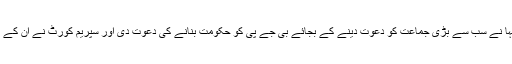
انہوں نے کہا کہ گورنر مردلا سنہا نے سب سے بڑی جماعت کو دعوت دینے کے بجائے بی جے پی کو حکومت بنانے کی دعوت دی اور سپریم کورٹ نے ان کے اس حکم کے جواز کو آدھا کردیا ۔